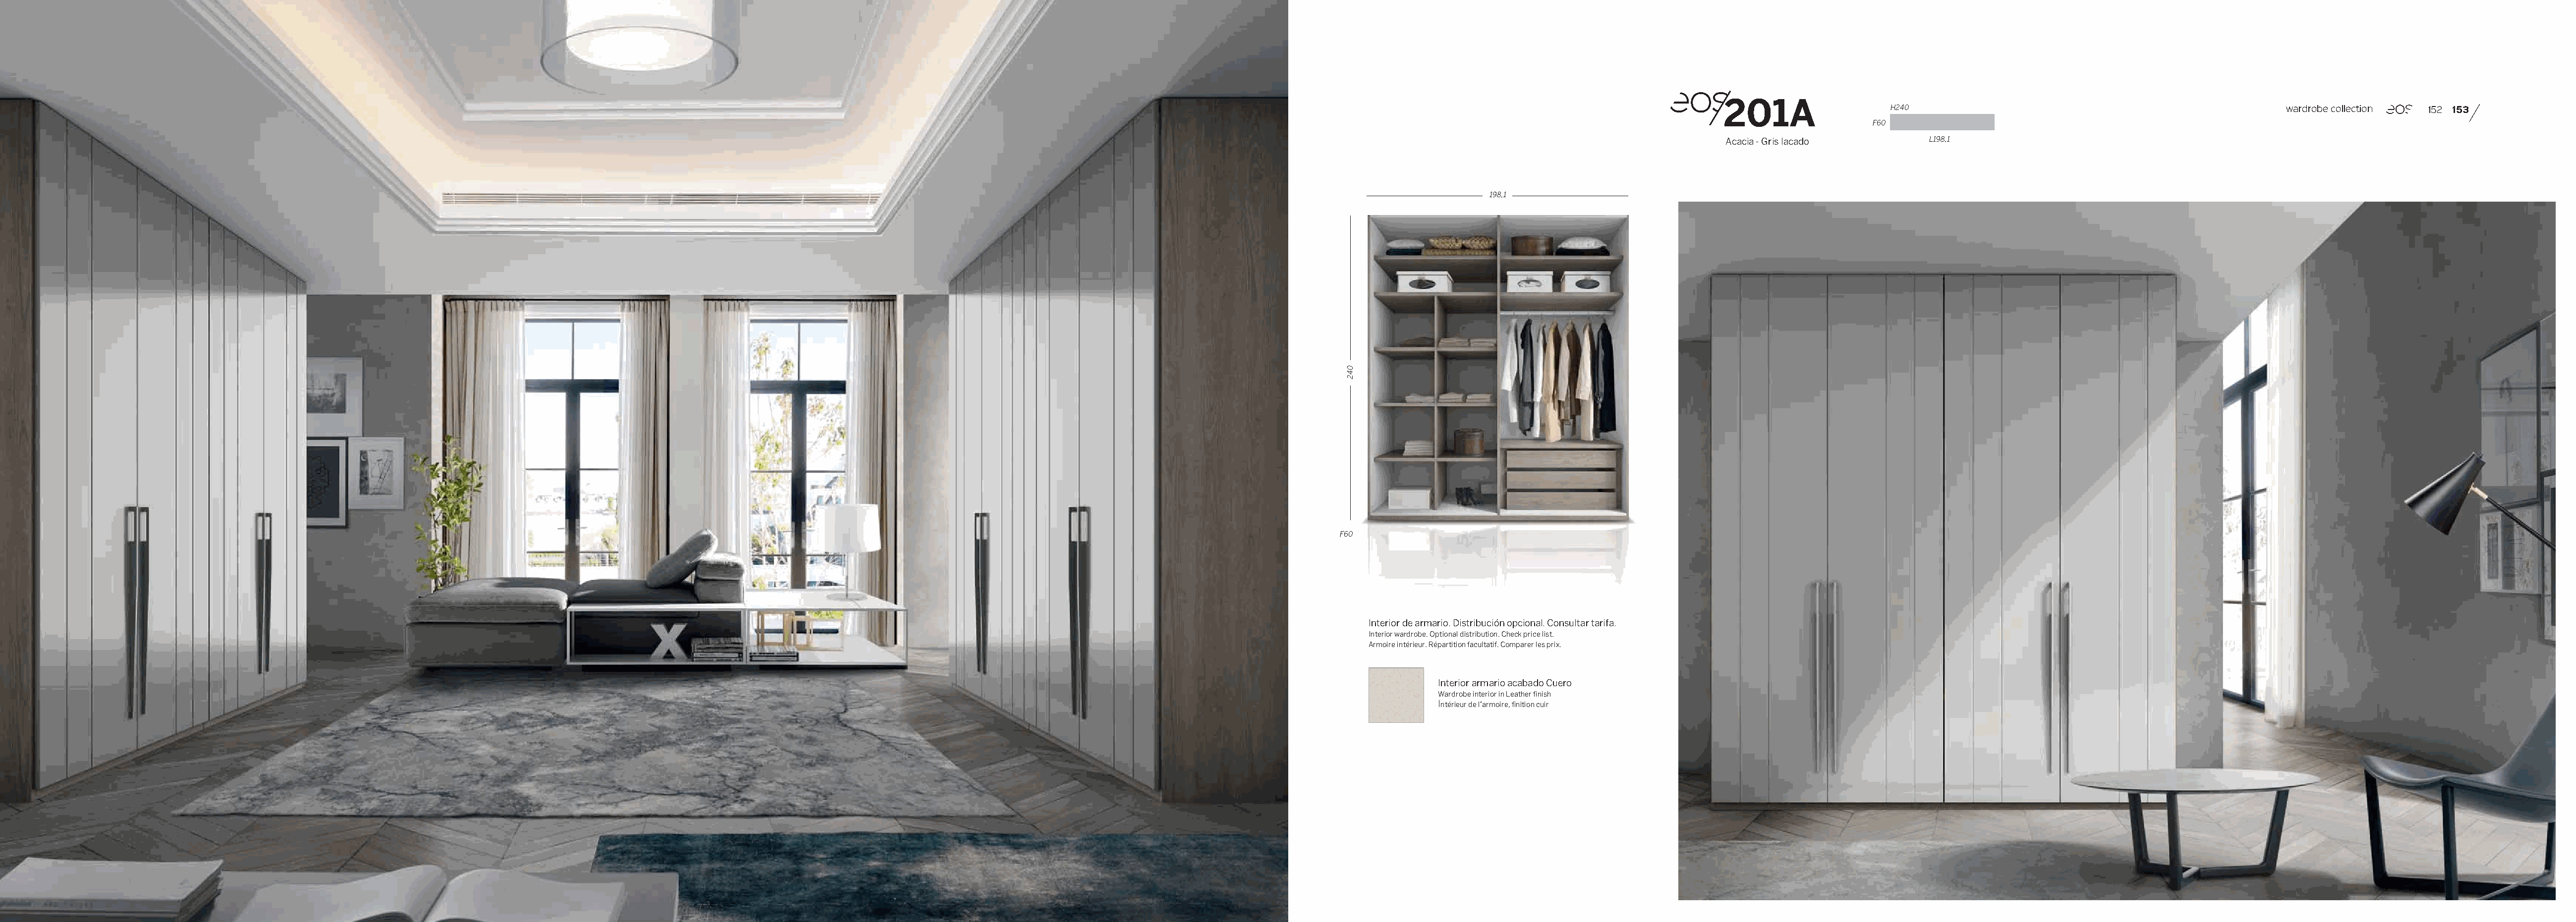
201A
 H240                                                 wardrobe collection 152 153
 F60
 Acacia - Gris lacado        L198,1
 198,1
 F60
 Interior de armario. Distribución opcional. Consultar tarifa.
 Interior wardrobe. Optional distribution. Check price list.
 Armoire intérieur. Répartition facultatif. Comparer les prix.
 Interior armario acabado Cuero
 Wardrobe interior in Leather finish
 Intérieur de l’armoire, finition cuir
 042